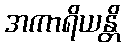
အကာရိယန္တိ